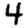
Digit: 4